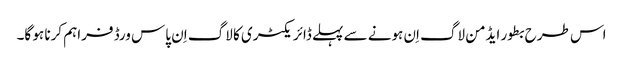
اس طرح بطور ایڈمن لاگ اِن ہونے سے پہلے ڈائریکٹری کا لاگ اِن پاس ورڈ فراہم کرنا ہو گا۔